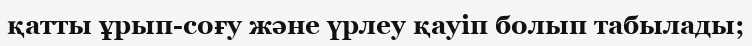
қатты ұрып-соғу және үрлеу қауіп болып табылады;